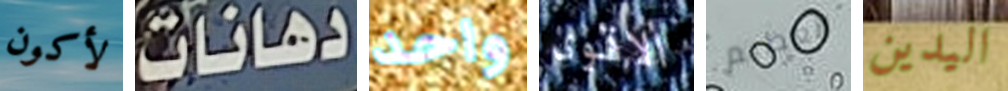
لأكون دهانات واحد الاقوى العظيم اليدين